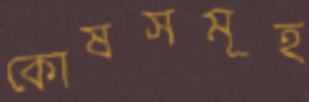
কোষসমূহ